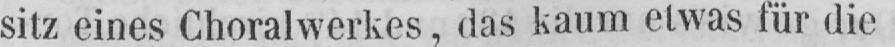
sitz eines Choralwerkes, das kaum etwas für die